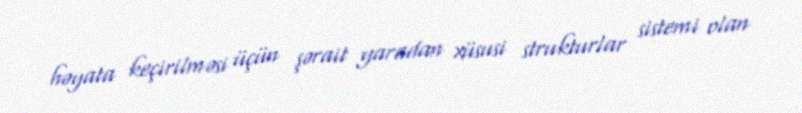
həyata keçirilməsi üçün şərait yaradan xüsusi strukturlar sistemi olan